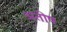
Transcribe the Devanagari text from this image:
अतीष